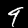
Digit: 9